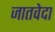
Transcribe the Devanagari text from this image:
जातवेदा